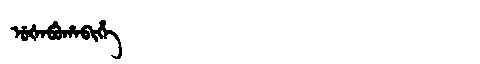
Manchu: ᡠᡧᠠᠪᡠᡥᠠᠪᡳᡥᡝ
Romanization: UŠABUHABIHE